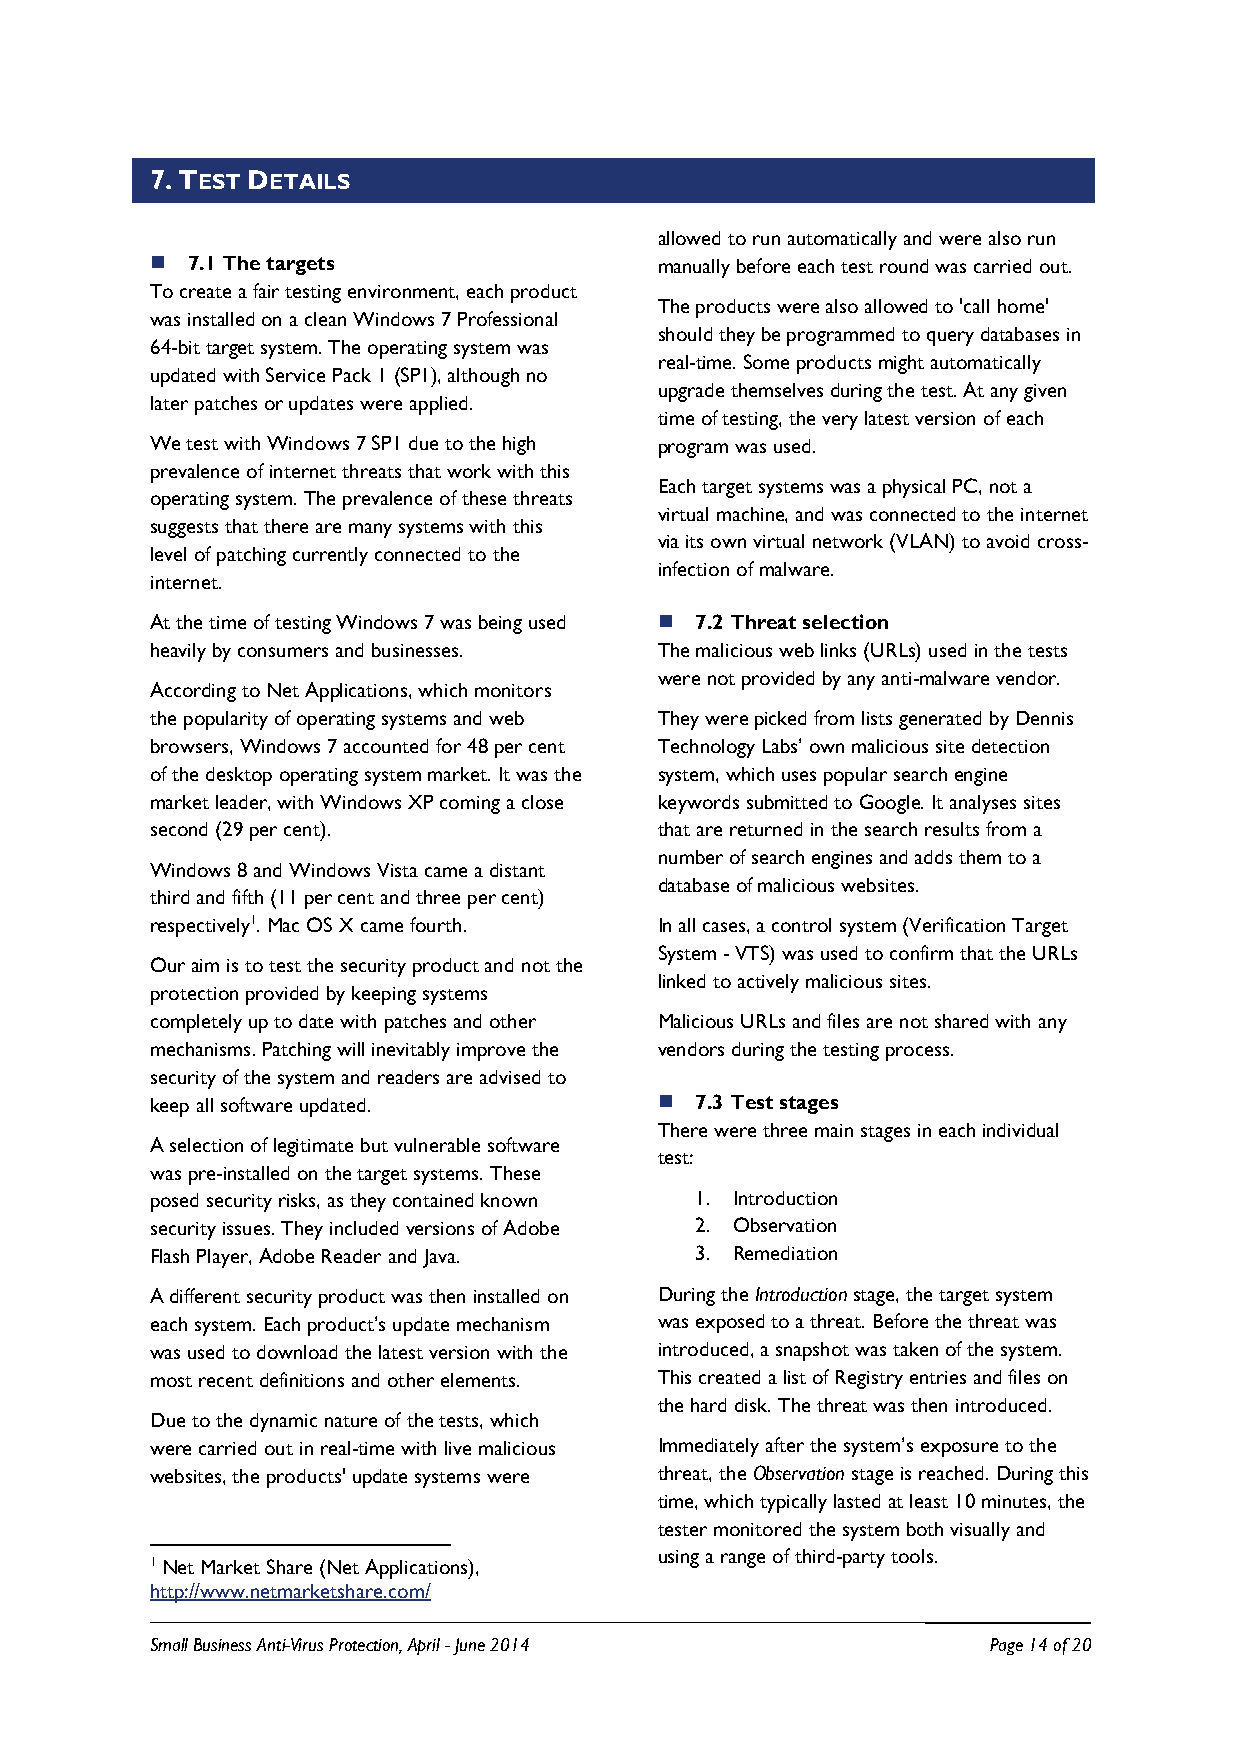
7. TEST DETAILS
 allowed to run automatically and were also run
  7.1 The targets                 manually before each test round was carried out.
 To create a fair testing environment, each product
 The products were also allowed to 'call home'
 was installed on a clean Windows 7 Professional
 should they be programmed to query databases in
 64-bit target system. The operating system was
 real-time. Some products might automatically
 updated with Service Pack 1 (SP1), although no
 upgrade themselves during the test. At any given
 later patches or updates were applied.
 time of testing, the very latest version of each
 We test with Windows 7 SP1 due to the high program was used.
 prevalence of internet threats that work with this
 Each target systems was a physical PC, not a
 operating system. The prevalence of these threats
 virtual machine, and was connected to the internet
 suggests that there are many systems with this
 via its own virtual network (VLAN) to avoid cross-
 level of patching currently connected to the
 infection of malware.
 internet.
 At the time of testing Windows 7 was being used  7.2 Threat selection
 heavily by consumers and businesses. The malicious web links (URLs) used in the tests
 were not provided by any anti-malware vendor.
 According to Net Applications, which monitors
 the popularity of operating systems and web They were picked from lists generated by Dennis
 browsers, Windows 7 accounted for 48 per cent Technology Labs’ own malicious site detection
 of the desktop operating system market. It was the system, which uses popular search engine
 market leader, with Windows XP coming a close keywords submitted to Google. It analyses sites
 second (29 per cent).             that are returned in the search results from a
 number of search engines and adds them to a
 Windows 8 and Windows Vista came a distant
 database of malicious websites.
 third and fifth (11 per cent and three per cent)
 respectively1. Mac OS X came fourth. In all cases, a control system (Verification Target
 System - VTS) was used to confirm that the URLs
 Our aim is to test the security product and not the
 linked to actively malicious sites.
 protection provided by keeping systems
 completely up to date with patches and other Malicious URLs and files are not shared with any
 mechanisms. Patching will inevitably improve the vendors during the testing process.
 security of the system and readers are advised to
 keep all software updated.         7.3 Test stages
 There were three main stages in each individual
 A selection of legitimate but vulnerable software
 test:
 was pre-installed on the target systems. These
 posed security risks, as they contained known 1. Introduction
 security issues. They included versions of Adobe 2. Observation
 Flash Player, Adobe Reader and Java. 3. Remediation
 A different security product was then installed on During the Introduction stage, the target system
 each system. Each product’s update mechanism was exposed to a threat. Before the threat was
 was used to download the latest version with the introduced, a snapshot was taken of the system.
 most recent definitions and other elements. This created a list of Registry entries and files on
 the hard disk. The threat was then introduced.
 Due to the dynamic nature of the tests, which
 were carried out in real-time with live malicious Immediately after the system’s exposure to the
 websites, the products' update systems were threat, the Observation stage is reached. During this
 time, which typically lasted at least 10 minutes, the
 tester monitored the system both visually and
 using a range of third-party tools.
 1 Net Market Share (Net Applications),
 http://www.netmarketshare.com/
 Small Business Anti-Virus Protection, April - June 2014 Page 14 of 20